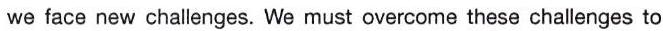
we face new challenges. We must overcome these challenges to